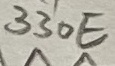
Text: 330E